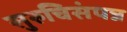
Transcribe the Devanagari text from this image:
सुरुचिसंपन्न